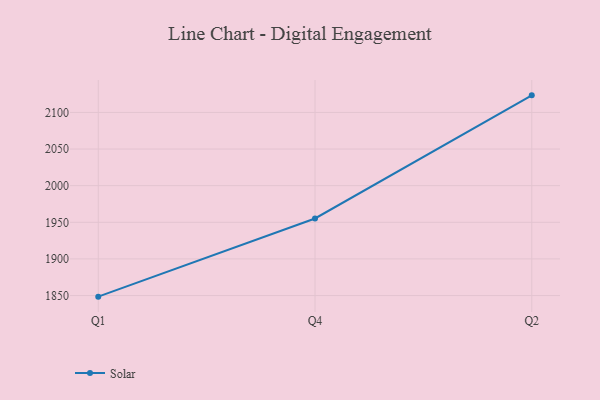
{"axis": {"x": "Quarter", "y": "Bounce Rate (%)"}, "legend": ["Solar"], "data": [{"x": "Q1", "y": 1848.5, "type": "Solar"}, {"x": "Q4", "y": 1955.2, "type": "Solar"}, {"x": "Q2", "y": 2123.3, "type": "Solar"}]}